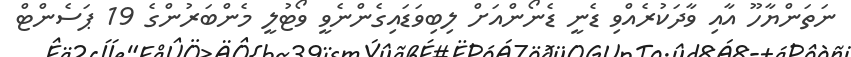
ނަތަންޔާހޫ އާއި ވާދަކުރެއްވި ޑެނީ ޑެނޯންއަށް ލިބިވަޑައިގެންނެވީ ވޯޓުލީ މެންބަރުންގެ 19 ޕަސެންޓް